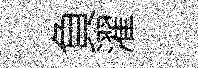
負濯